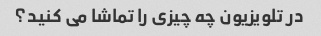
در تلویزیون چه چیزی را تماشا می کنید؟